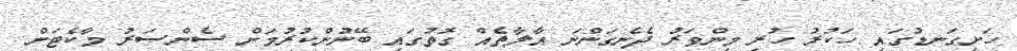
ހަށިގަނޑުގައި ހަކުރު ހުރި މިންވަރު ދެނެގަންނަ އާލާތެއް ގޮތުގައި ބޭނުންކުރުމަށް ސެންސަރު މާކެޓަށް